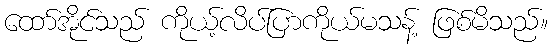
ထော်အိုင်သည် ကိုယ့်လိပ်ပြာကိုယ်မသန့် ဖြစ်မိသည်။